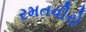
રમતવીરો